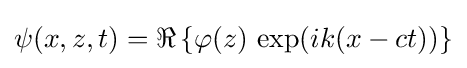
\psi (x,z,t)=\Re \left\{\varphi (z)\,\exp(ik(x-ct))\right\}